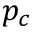
p _ { c }